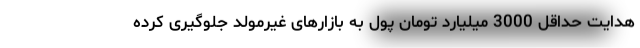
هدایت حداقل 3000 میلیارد تومان پول به بازارهای غیرمولد جلوگیری کرده